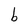
Character: b